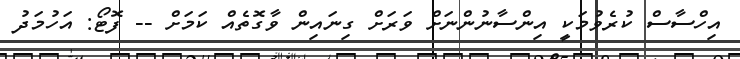
އިހްސާސް ކުރެވުމަކީ އިންސާނުންނަށް ވަރަށް ގިނައިން ވާގޮތެއް ކަމަށް -- ފޮޓޯ: އަހުމަދު